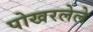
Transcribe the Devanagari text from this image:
पोखरलेले